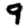
Digit: 9